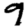
Digit: 9